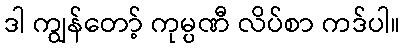
ဒါ ကျွန်တော့် ကုမ္ပဏီ လိပ်စာ ကဒ်ပါ။